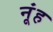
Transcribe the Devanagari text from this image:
नूंह